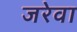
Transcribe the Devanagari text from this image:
जरेवा